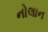
નોલાન